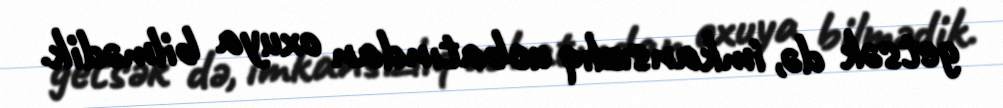
getsək də, imkansızlıq ucbatından oxuya bilmədik.